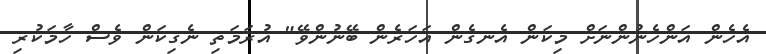
އެހެން އަންހެނުންނަށް މިކަން އެނގެން އަހަރެން ބޭނުންވޭ" އުރަމަތި ނެގިކަން ވެސް ހާމަކުރި